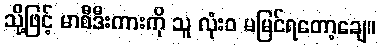
သို့ဖြင့် မာစီဒီးကားကို သူ လုံးဝ မမြင်ရတော့ချေ။